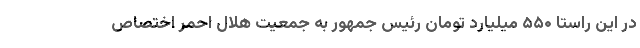
در این راستا ۵۵۰ میلیارد تومان رئیس جمهور به جمعیت هلال احمر اختصاص